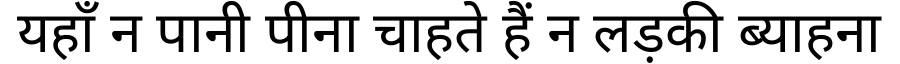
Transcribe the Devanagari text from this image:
यहाँ न पानी पीना चाहते हैं न लड़की ब्याहना